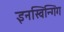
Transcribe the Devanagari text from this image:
इनस्विन्गिंग